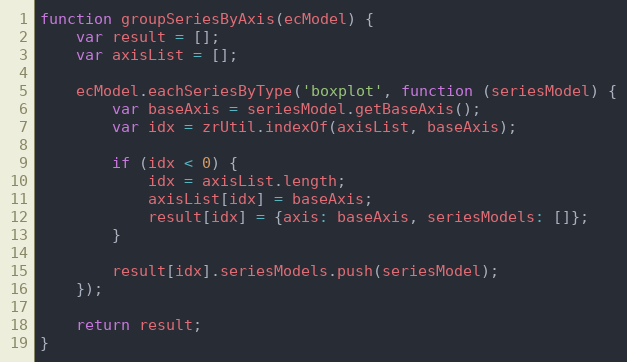
Language: JavaScript
function groupSeriesByAxis(ecModel) {
    var result = [];
    var axisList = [];

    ecModel.eachSeriesByType('boxplot', function (seriesModel) {
        var baseAxis = seriesModel.getBaseAxis();
        var idx = zrUtil.indexOf(axisList, baseAxis);

        if (idx < 0) {
            idx = axisList.length;
            axisList[idx] = baseAxis;
            result[idx] = {axis: baseAxis, seriesModels: []};
        }

        result[idx].seriesModels.push(seriesModel);
    });

    return result;
}